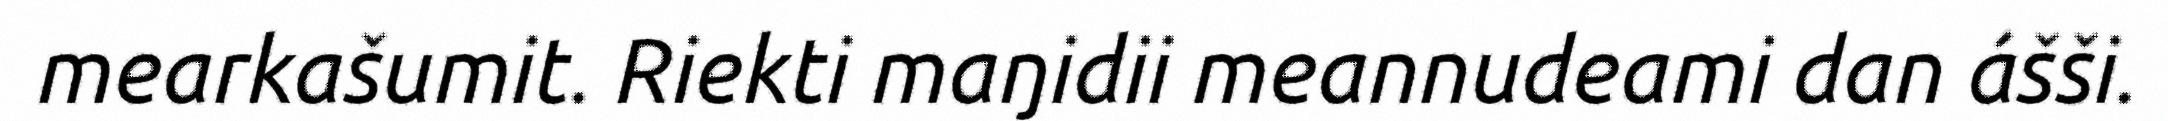
mearkašumit. Riekti maŋidii meannudeami dan ášši.